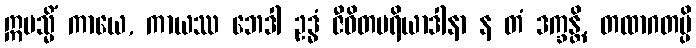
ဣမသ္မိံ ကာယေ, ကာယဿ ဘေဒါ ဥဒ္ဓံ ဇီဝိတပရိယာဒါနာ န တံ ဒက္ခန္တိ, တထာဂတမ္ပိ